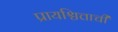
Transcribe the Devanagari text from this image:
प्रायश्चित्ताची